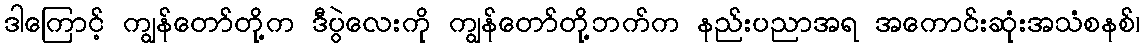
ဒါကြောင့် ကျွန်တော်တို့က ဒီပွဲလေးကို ကျွန်တော်တို့ဘက်က နည်းပညာအရ အကောင်းဆုံးအသံစနစ်၊